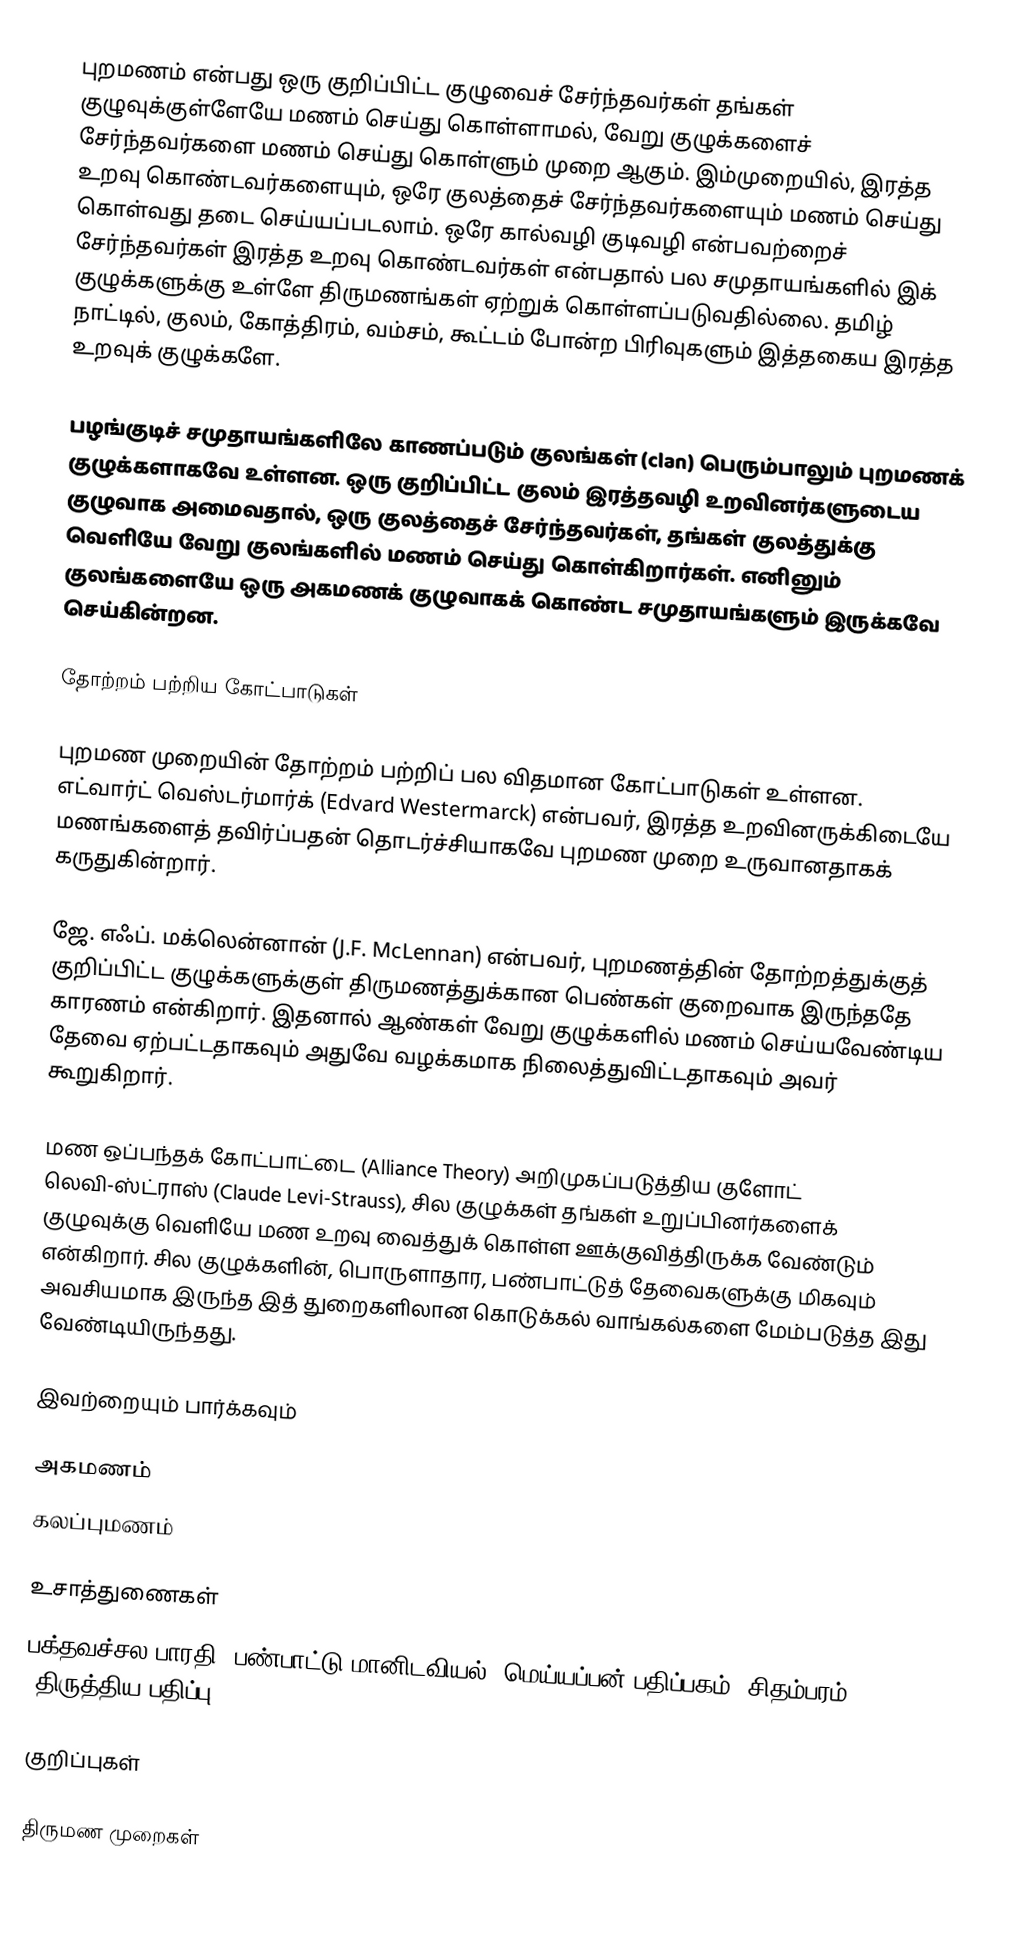
புறமணம் என்பது ஒரு குறிப்பிட்ட குழுவைச் சேர்ந்தவர்கள் தங்கள் குழுவுக்குள்ளேயே மணம் செய்து கொள்ளாமல், வேறு குழுக்களைச் சேர்ந்தவர்களை மணம் செய்து கொள்ளும் முறை ஆகும். இம்முறையில், இரத்த உறவு கொண்டவர்களையும், ஒரே குலத்தைச் சேர்ந்தவர்களையும் மணம் செய்து கொள்வது தடை செய்யப்படலாம். ஒரே கால்வழி குடிவழி என்பவற்றைச் சேர்ந்தவர்கள் இரத்த உறவு கொண்டவர்கள் என்பதால் பல சமுதாயங்களில் இக் குழுக்களுக்கு உள்ளே திருமணங்கள் ஏற்றுக் கொள்ளப்படுவதில்லை. தமிழ் நாட்டில், குலம், கோத்திரம், வம்சம், கூட்டம் போன்ற பிரிவுகளும் இத்தகைய இரத்த உறவுக் குழுக்களே.

பழங்குடிச் சமுதாயங்களிலே காணப்படும் குலங்கள் (clan) பெரும்பாலும் புறமணக் குழுக்களாகவே உள்ளன. ஒரு குறிப்பிட்ட குலம் இரத்தவழி உறவினர்களுடைய குழுவாக அமைவதால், ஒரு குலத்தைச் சேர்ந்தவர்கள், தங்கள் குலத்துக்கு வெளியே வேறு குலங்களில் மணம் செய்து கொள்கிறார்கள். எனினும் குலங்களையே ஒரு அகமணக் குழுவாகக் கொண்ட சமுதாயங்களும் இருக்கவே செய்கின்றன.

தோற்றம் பற்றிய கோட்பாடுகள்

புறமண முறையின் தோற்றம் பற்றிப் பல விதமான கோட்பாடுகள் உள்ளன. எட்வார்ட் வெஸ்டர்மார்க் (Edvard Westermarck) என்பவர், இரத்த உறவினருக்கிடையே மணங்களைத் தவிர்ப்பதன் தொடர்ச்சியாகவே புறமண முறை உருவானதாகக் கருதுகின்றார்.

ஜே. எஃப். மக்லென்னான் (J.F. McLennan) என்பவர், புறமணத்தின் தோற்றத்துக்குத் குறிப்பிட்ட குழுக்களுக்குள் திருமணத்துக்கான பெண்கள் குறைவாக இருந்ததே காரணம் என்கிறார். இதனால் ஆண்கள் வேறு குழுக்களில் மணம் செய்யவேண்டிய தேவை ஏற்பட்டதாகவும் அதுவே வழக்கமாக நிலைத்துவிட்டதாகவும் அவர் கூறுகிறார்.

மண ஒப்பந்தக் கோட்பாட்டை (Alliance Theory) அறிமுகப்படுத்திய குளோட் லெவி-ஸ்ட்ராஸ் (Claude Levi-Strauss), சில குழுக்கள் தங்கள் உறுப்பினர்களைக் குழுவுக்கு வெளியே மண உறவு வைத்துக் கொள்ள ஊக்குவித்திருக்க வேண்டும் என்கிறார். சில குழுக்களின், பொருளாதார, பண்பாட்டுத் தேவைகளுக்கு மிகவும் அவசியமாக இருந்த இத் துறைகளிலான கொடுக்கல் வாங்கல்களை மேம்படுத்த இது வேண்டியிருந்தது.

இவற்றையும் பார்க்கவும்

 அகமணம்
 கலப்புமணம்

உசாத்துணைகள்
 பக்தவச்சல பாரதி, பண்பாட்டு மானிடவியல், மெய்யப்பன் பதிப்பகம், சிதம்பரம், 2003 (திருத்திய பதிப்பு).

குறிப்புகள்

திருமண முறைகள்